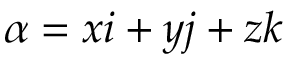
\alpha = x i + y j + z k